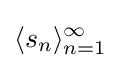
\langle s_{n}\rangle _{n=1}^{\infty }